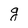
Character: g